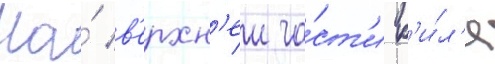
На́ в'ерхн'еи ча́ст'и к'и́л'я